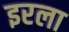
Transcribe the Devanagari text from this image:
इरला